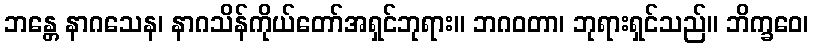
ဘန္တေ နာဂသေန၊ နာဂသိန်ကိုယ်တော်အရှင်ဘုရား။ ဘဂဝတာ၊ ဘုရားရှင်သည်။ ဘိက္ခဝေ၊